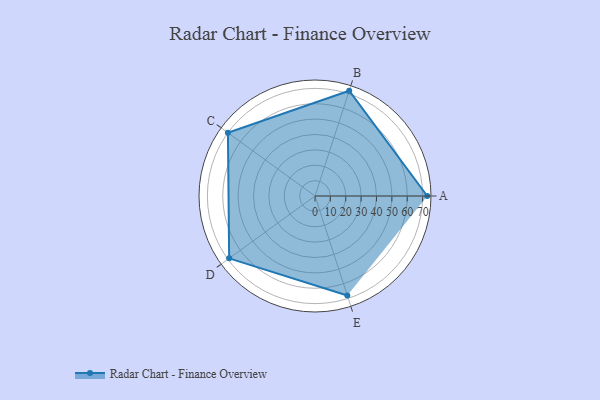
{"axis": {"x": "Skill", "y": "Score"}, "legend": ["Profile"], "data": [{"x": "A", "y": 73.0, "type": "Profile"}, {"x": "B", "y": 72.0, "type": "Profile"}, {"x": "C", "y": 70.0, "type": "Profile"}, {"x": "D", "y": 69.0, "type": "Profile"}, {"x": "E", "y": 68.0, "type": "Profile"}]}